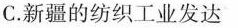
C. 新疆的纺织工业发达